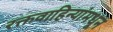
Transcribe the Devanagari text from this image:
रक्तवाहिन्यांमधून